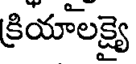
క్రియాలక్ష్యై